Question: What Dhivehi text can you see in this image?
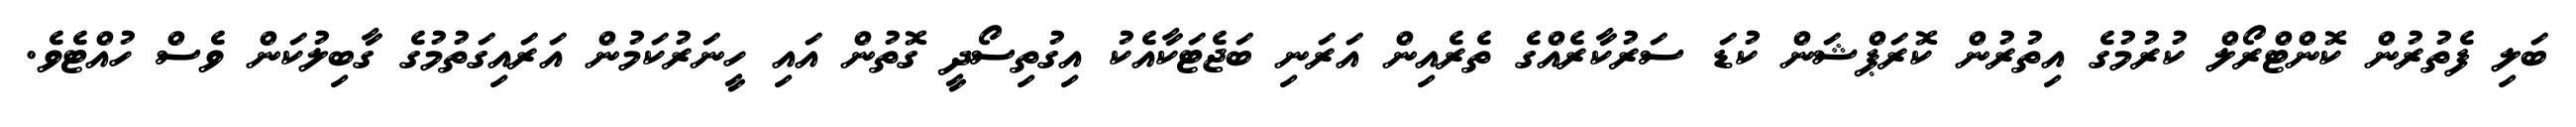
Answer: ބަލި ފެތުރުން ކޮންޓްރޯލް ކުރުމުގެ އިތުރުން ކޮރަޕްޝަން ކުޑަ ސަރުކާރެއްގެ ތެރެއިން އަރަނި ބަޖެޓަކާއެކު އިގުތިސޯދީ ގޮތުން އައި ހީނަރުކަމުން އަރައިގަތުމުގެ ގާބިލުކަން ވެސް ހުއްޓެވެ.